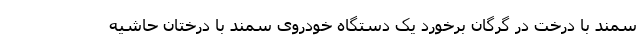
سمند با درخت در گرگان برخورد یک دستگاه خودروی سمند با درختان حاشیه